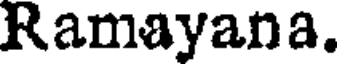
Ramayana.